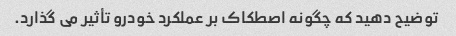
توضیح دهید که چگونه اصطکاک بر عملکرد خودرو تأثیر می گذارد.